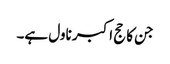
جن کا حج اکبر ناول ہے۔